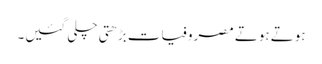
ہوتے ہوتے مصروفیات بڑھتی چلی گئیں۔